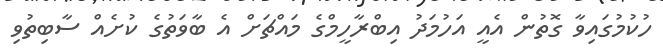
ހުކުމުގައިވާ ގޮތުން އެއީ އަހުމަދު އިބްރާހީމްގެ މައްޗަށް އެ ބާވަތުގެ ކުށެއް ސާބިތުވި